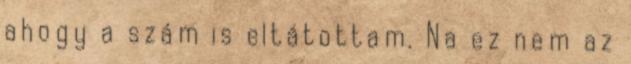
ahogy a szám is eltátottam. Na ez nem az